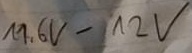
Text: 11,6V-12V